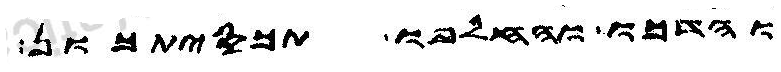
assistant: והדכו והחלפו תכסיתכון